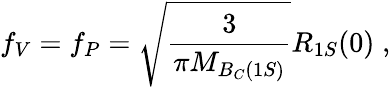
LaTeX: f_{V}=f_{P}=\sqrt{\frac{3}{\pi M_{B_{C}(1S)}}}R_{1S}(0)\; ,